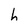
Character: h